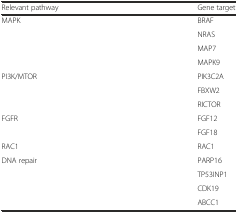
<table><thead><tr><td><b>Relevant pathway</b></td><td><b>Gene target</b></td></tr></thead><tbody><tr><td>MAPK</td><td>BRAF</td></tr><tr><td></td><td>NRAS</td></tr><tr><td></td><td>MAP7</td></tr><tr><td></td><td>MAPK9</td></tr><tr><td>PI3K/MTOR</td><td>PIK3C2A</td></tr><tr><td></td><td>FBXW2</td></tr><tr><td></td><td>RICTOR</td></tr><tr><td>FGFR</td><td>FGF12</td></tr><tr><td></td><td>FGF18</td></tr><tr><td>RAC1</td><td>RAC1</td></tr><tr><td>DNA repair</td><td>PARP16</td></tr><tr><td></td><td>TP53INP1</td></tr><tr><td></td><td>CDK19</td></tr><tr><td></td><td>ABCC1</td></tr></tbody></table>